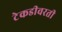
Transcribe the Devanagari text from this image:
टेकडीवरती